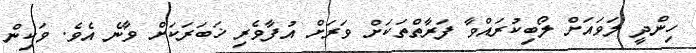
ހިންދީ ލަވައަށް ލޯބިކުރައްވާ ފަރާތްތަކަށް ވަރަށް އުފާވެރި ޚަބަރަކަށް ވާނެ އެވެ. ވަކިން